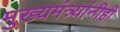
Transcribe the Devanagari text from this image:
मुख्यमंत्र्यांनीही